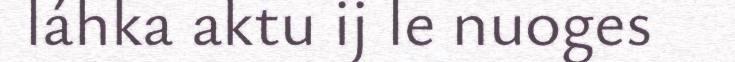
láhka aktu ij le nuoges